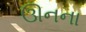
ઊનના